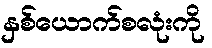
နှစ်ယောက်စလုံးကို